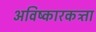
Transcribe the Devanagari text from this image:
अविष्कारकत्र्ता